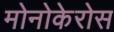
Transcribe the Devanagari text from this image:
मोनोकेरोस